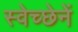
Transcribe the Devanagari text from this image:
स्वेच्छेनें